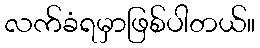
လက်ခံရမှာဖြစ်ပါတယ်။